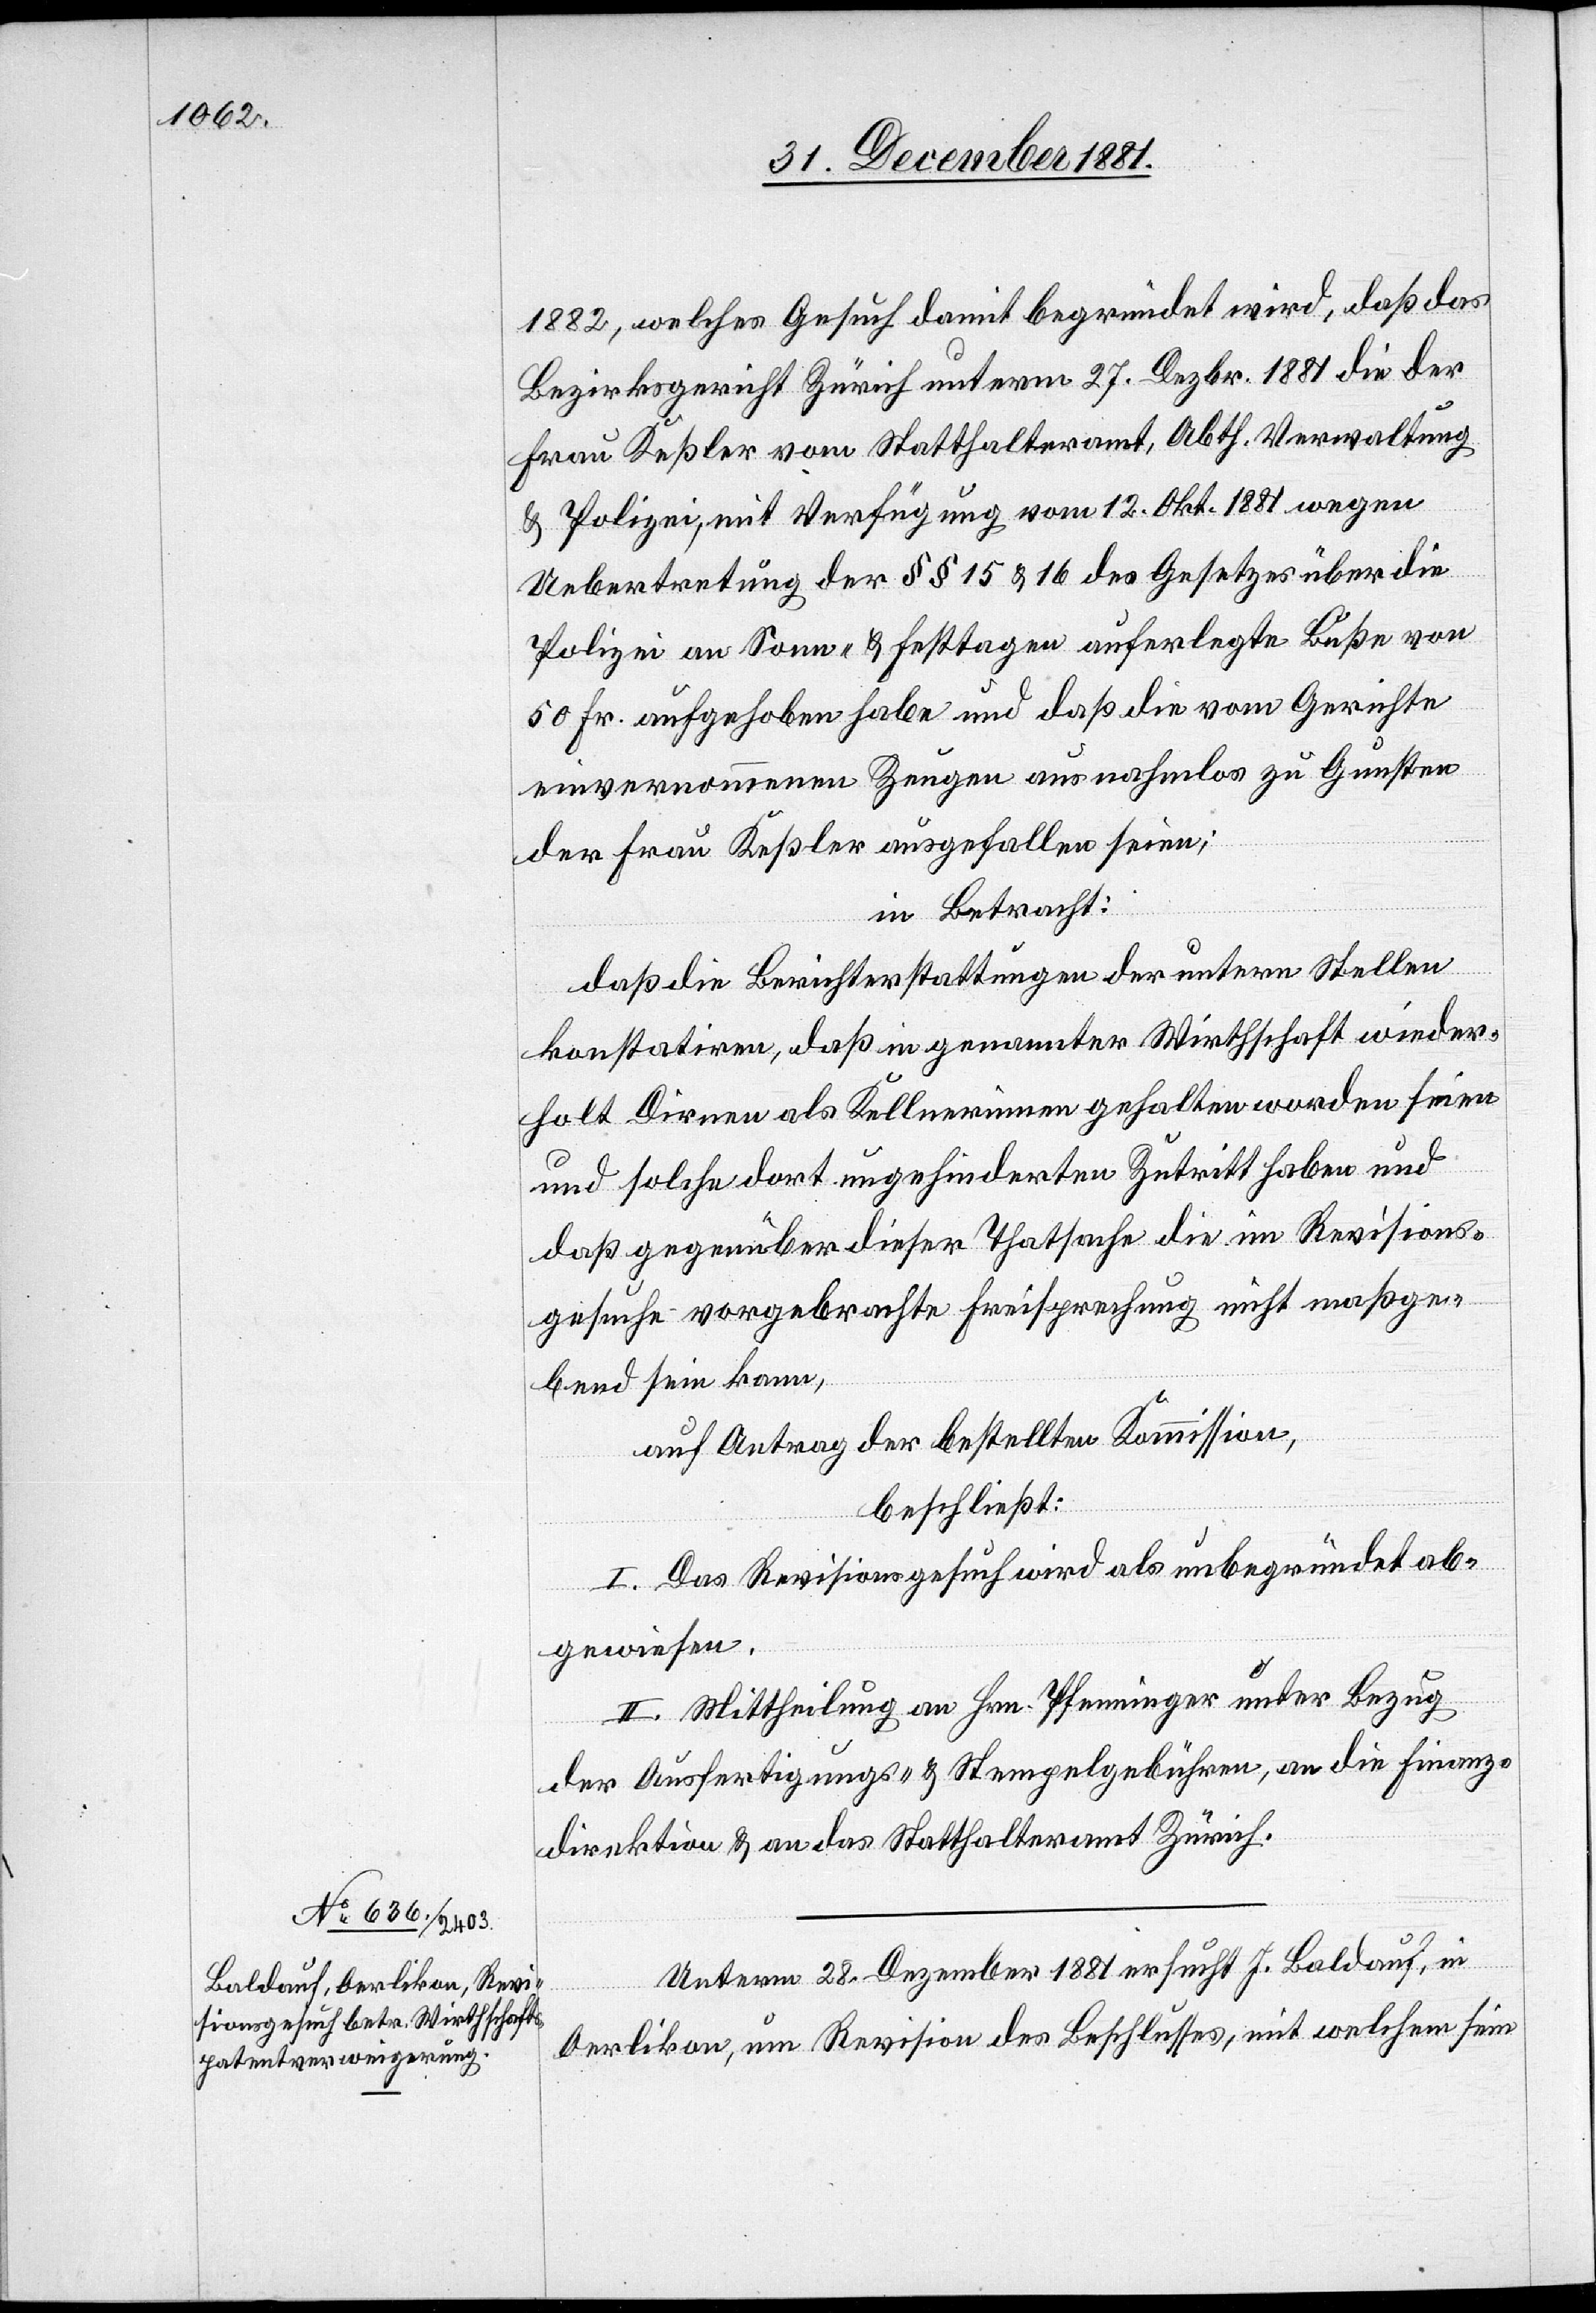
1882, welches Gesuch damit begründet wird, daß das
Bezirksgericht Zürich unterm 27. Dezbr. 1881 die der
Frau Keßler vom Statthalteramt, Abth. Verwaltung
& Polizei, mit Verfügung vom 12. Okt. 1881 wegen
Uebertretung der §§ 15 & 16 des Gesetzes über die
Polizei an Sonn- & Festtagen auferlegte Buße von
50 Fr. aufgehoben habe und daß die vom Gerichte
einvernommenen Zeugen ausnahmlos zu Gunsten
der Frau Keßler ausgefallen seien;
in Betracht:
daß die Berichterstattungen der untern Stellen
konstatiren, daß in genannter Wirthschaft wieder¬
holt Dirnen als Kellnerinnen gehalten worden seien
und solche dort ungehinderten Zutritt haben und
daß gegenüber dieser Thatsache die im Revisions¬
gesuche vorgebrachte Freisprechung nicht maßge¬
bend sein kann,
auf Antrag der bestellten Kommission,
beschließt:
I. Das Revisionsgesuch wird als unbegründet ab¬
gewiesen.
II. Mittheilung an Hrn. Pfenninger unter Bezug
der Ausfertigungs- & Stempelgebühren, an die Finanz¬
direktion & an das Statthalteramt Zürich.
Unterm 28. Dezember 1881 ersucht J. Baldauf, in
Oerlikon, um Revision des Beschlusses, mit welchem sein